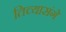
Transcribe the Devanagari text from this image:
तिच्यासंगे